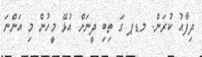
ދިފާއު ކުރަން. މޑޕ ގަ ތިބި ދީނަށް އުޅޭ މީހުން މި އަންނަ